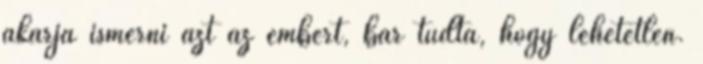
akarja ismerni azt az embert, bár tudta, hogy lehetetlen.